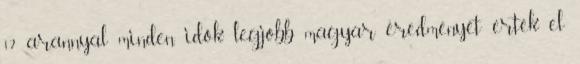
12 arannyal minden idők legjobb magyar eredményét érték el